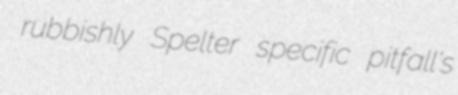
rubbishly Spelter specific pitfall's